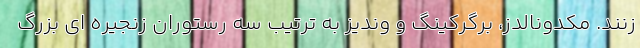
زنند. مکدونالدز، برگرکینگ و وندیز به ترتیب سه رستوران زنجیره ای بزرگ